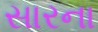
સારના